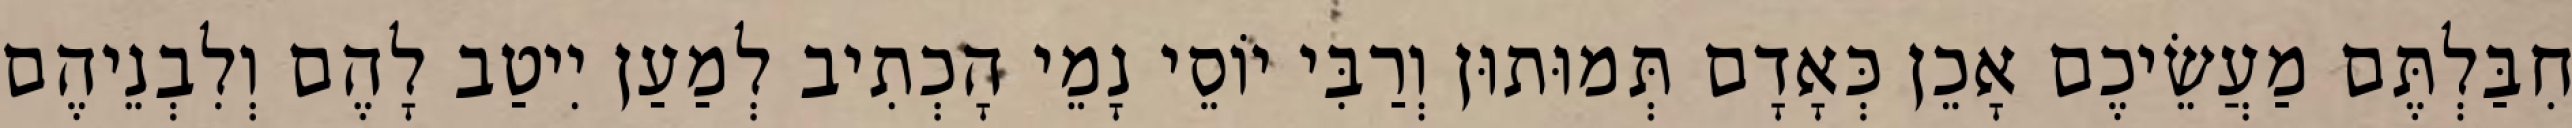
חִבַּלְתֶּם מַעֲשֵׂיכֶם אָכֵן כְּאָדָם תְּמוּתוּן וְרַבִּי יוֹסֵי נָמֵי הָכְתִיב לְמַעַן יִיטַב לָהֶם וְלִבְנֵיהֶם